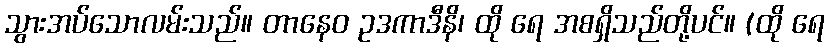
သွားအပ်သောလမ်းသည်။ တာနေဝ ဥဒကာဒီနိ၊ ထို ရေ အစရှိသည်တို့ပင်။ (ထို ရေ